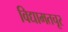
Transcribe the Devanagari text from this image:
विद्यामतचूर